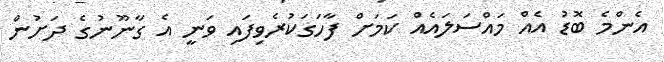
އެންމެ ބޮޑު އެއް މައްސަލައެއް ކަމަށް ފާހަގަކުރެވިފައި ވަނީ އެ ގާނޫނުގެ ދަށުން